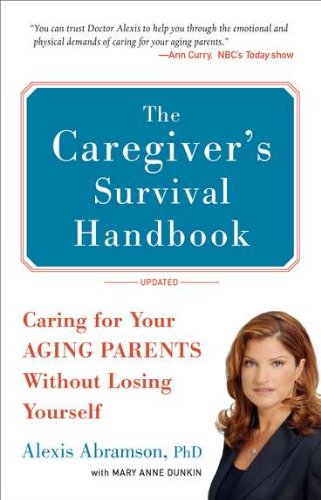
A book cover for The Caregiver's  Survival Handbook (Revised): Caring for Your Aging Parents Without Losing Yourself; Alexis Abramson; Parenting & Relationships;